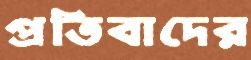
প্রতিবাদের